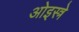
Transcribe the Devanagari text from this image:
ओइस्त्रे